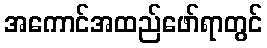
အကောင်အထည်ဖော်ရာတွင်